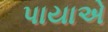
પાયાએ